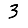
Digit: 3